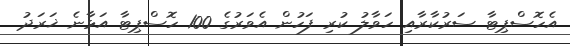
އެހޮސްޕިޓާ ސަރުކާރާއި ހަވާލު ކުރި ފަހުން އެވަރުގެ 100 ހޮސްޕިޓާ އަޅާނެ ޚަރަދު